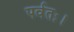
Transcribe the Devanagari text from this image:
पर्वतः।